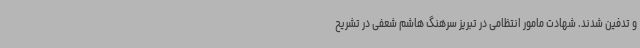
و تدفین شدند. شهادت مامور انتظامی در تبریز سرهنگ هاشم شعفی در تشریح